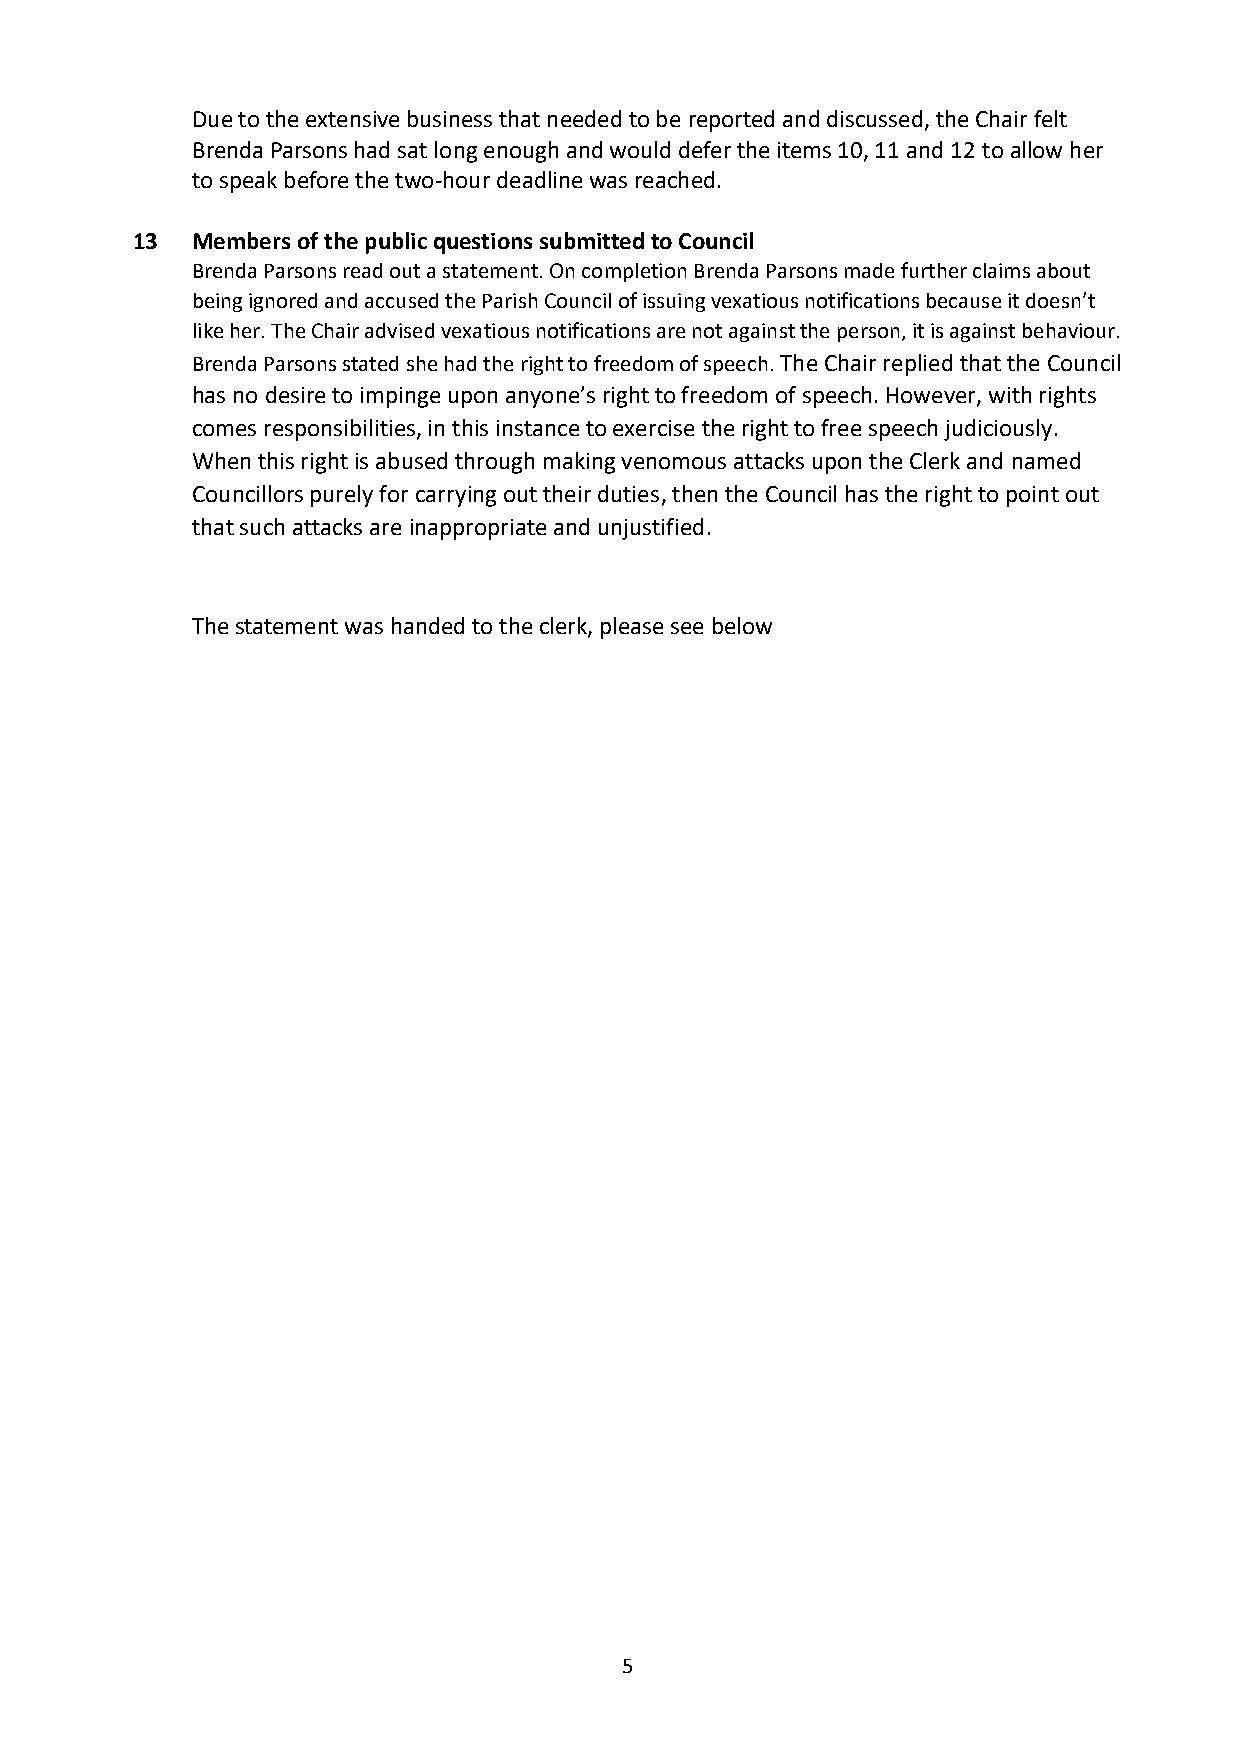
Due to the extensive business that needed to be reported and discussed, the Chair felt
 Brenda Parsons had sat long enough and would defer the items 10, 11 and 12 to allow her
 to speak before the two-hour deadline was reached.
 13  Members of the public questions submitted to Council
 Brenda Parsons read out a statement. On completion Brenda Parsons made further claims about
 being ignored and accused the Parish Council of issuing vexatious notifications because it doesn’t
 like her. The Chair advised vexatious notifications are not against the person, it is against behaviour.
 Brenda Parsons stated she had the right to freedom of speech. The Chair replied that the Council
 has no desire to impinge upon anyone’s right to freedom of speech. However, with rights
 comes responsibilities, in this instance to exercise the right to free speech judiciously.
 When this right is abused through making venomous attacks upon the Clerk and named
 Councillors purely for carrying out their duties, then the Council has the right to point out
 that such attacks are inappropriate and unjustified.
 The statement was handed to the clerk, please see below
 5